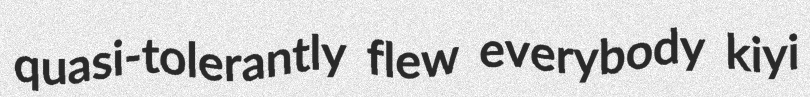
quasi-tolerantly flew everybody kiyi